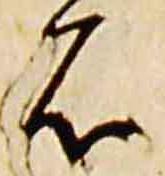
石